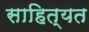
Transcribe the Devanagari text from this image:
साहित्यत